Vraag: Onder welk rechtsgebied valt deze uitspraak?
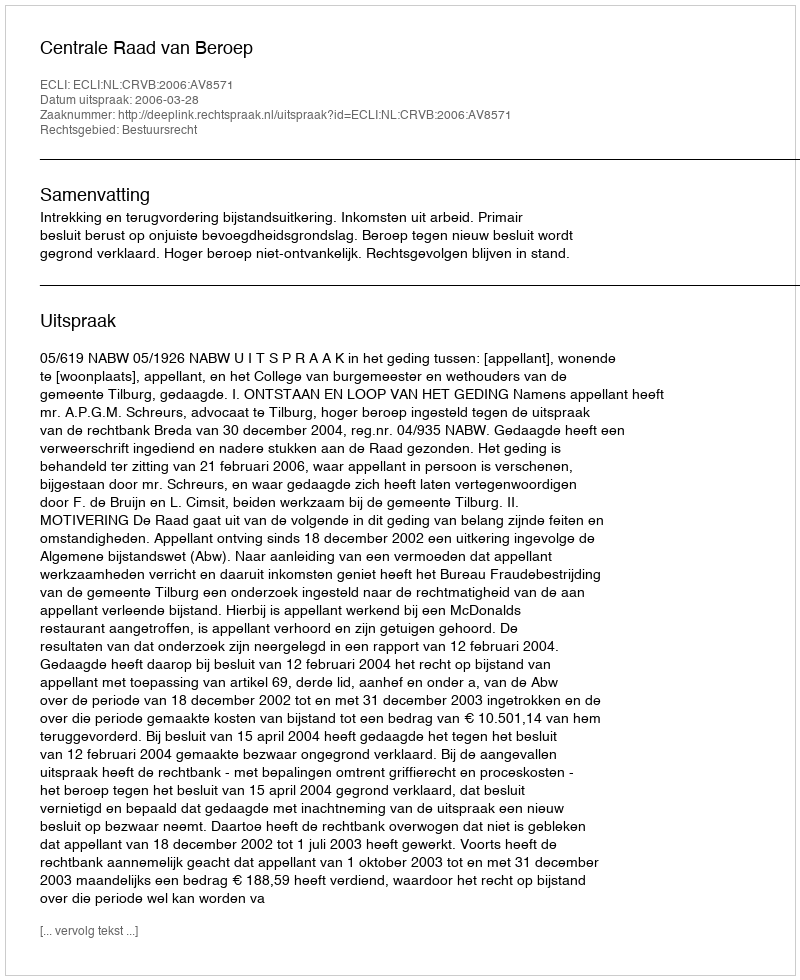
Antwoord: Bestuursrecht